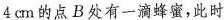
4cm的点B处有一滴蜂蜜，此时